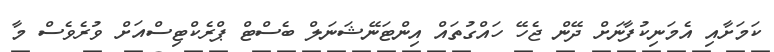
ކަމަށާއި އެމަނިކުފާނަށް ދޭން ޖެހޭ ހައްގުތައް އިންޓަނޭޝަނަލް ބެސްޓް ޕްރެކްޓިސްއަށް ވުރެވެސް މާ